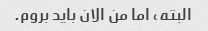
البته، اما من الان باید بروم.